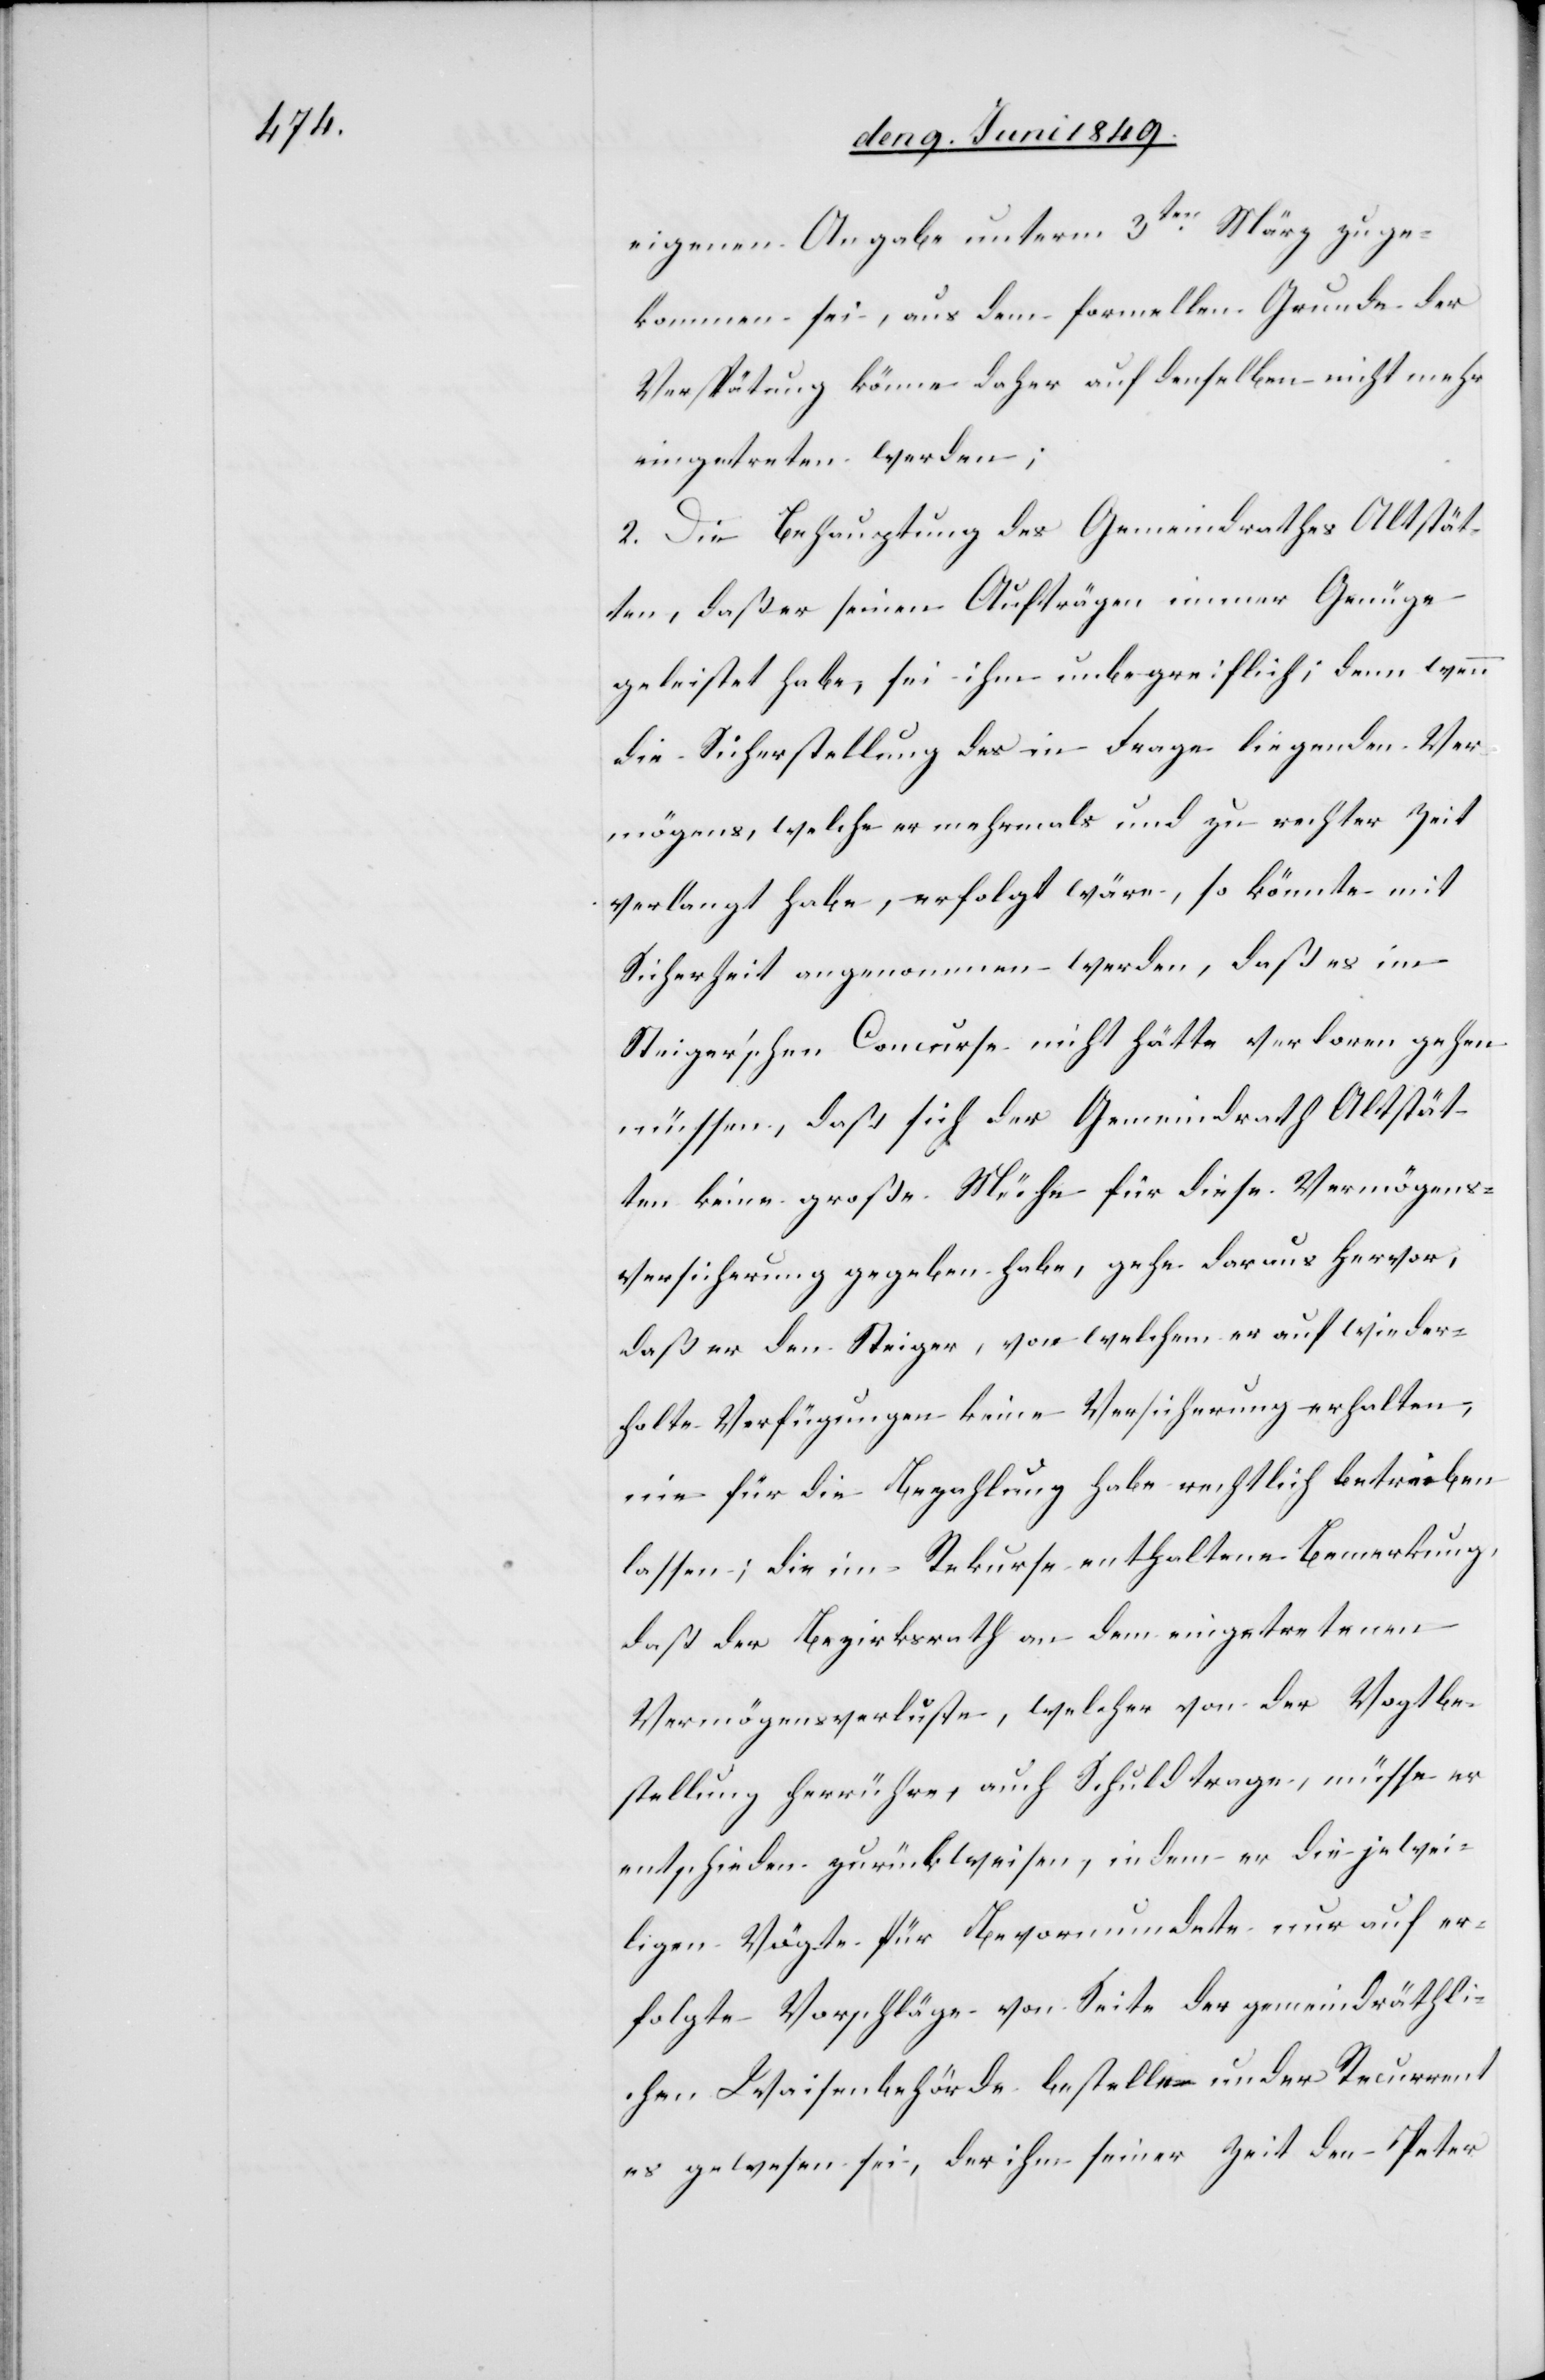
eigenen Angabe unterm 3ten März zuge¬
kommen sei, aus dem formellen Grunde der
Verspätung könne daher auf denselben nicht mehr
eingetreten werden;
2. Die Behauptung des Gemeindrathes Altstät¬
ten, daß er seinen Aufträgen immer Genüge
geleistet habe, sei ihm unbegreiflich, denn wenn
die Sicherstellung des in Frage liegenden Ver¬
mögens, welche er mehrmals und zu rechter Zeit
verlangt habe, erfolgt wäre, so könnte mit
Sicherheit angenommen werden, daß es im
Steiger’schen Concurse nicht hätte verloren gehen
müssen, daß sich der Gemeindrath Altstät¬
en keine große Mühe für diese Vermögens¬
versicherung gegeben habe, gehe daraus hervor,
daß er den Steiger, von welchem er auf wieder¬
holte Verfügungen keine Versicherung erhalten,
eine für die Bezahlung habe rechtlich betreiben
lassen; die im Rekurse enthaltene Bemerkung,
daß der Bezirksrath an dem eingetretenen
Vermögensverluste, welcher von der Vogtbe¬
stellung herrühre, auch Schuld trage, müsse er
entschieden zurückweisen, indem er die jewei¬
lige Vögte für Bevormundete nur auf er¬
folgte Vorschläge von Seite der gemeindräthli¬
chen Waisenbehörde bestelle und [d]er Recurrent
es gewesen sei, der ihm seiner Zeit den Peter